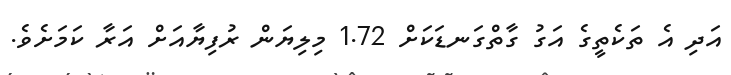
އަދި އެ ތަކެތީގެ އަގު ގާތްގަނޑަކަށް 1.72 މިލިޔަން ރުފިޔާއަށް އަރާ ކަމަށެވެ.